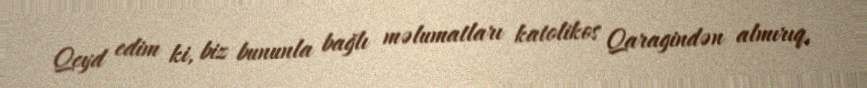
Qeyd edim ki, biz bununla bağlı məlumatları katolikos Qaragindən almırıq,